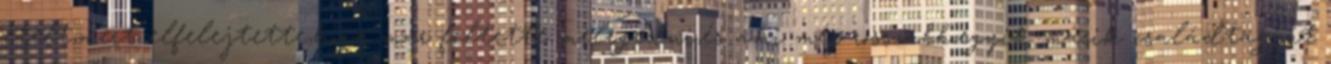
ételt,mert elfelejtette,hogy már feltette melegedni;és ami még rosszabb,egyik-másik családtagját